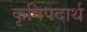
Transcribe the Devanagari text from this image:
कृषिपदार्थ